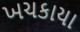
ખચકાયા